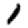
Digit: 1